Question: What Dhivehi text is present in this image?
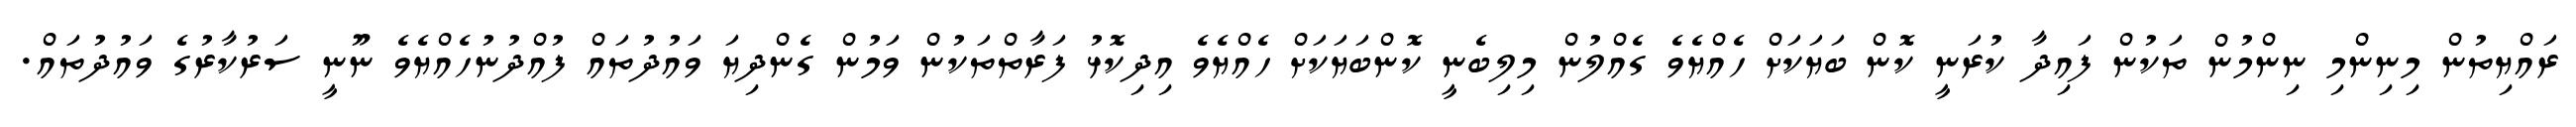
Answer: ރައްޔިތުން މިނިންމި ނިންމުން ތަކުން ފައިދާ ކުރަނީ ކޮން ބަޔަކަށް ހެއްޔެވެ ގެއްލުން މިލިބެނީ ކޮންބަޔަކަށް ހެއްޔެވެ އިދިކޮޅު ފަރާތްތަކުން ވަމުން ގެންދިޔަ ވައުދުތައް ފުއްދުނުހެއްޔެވެ ނޫނީ ސަރުކާރުގެ ވައުދުތައް.